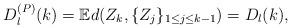
LaTeX: \begin{align*}D^{(P)}_l(k) = \mathbb{E}d(Z_k,\{Z_j\}_{1 \leq j \leq k-1}) = D_l(k),\end{align*}